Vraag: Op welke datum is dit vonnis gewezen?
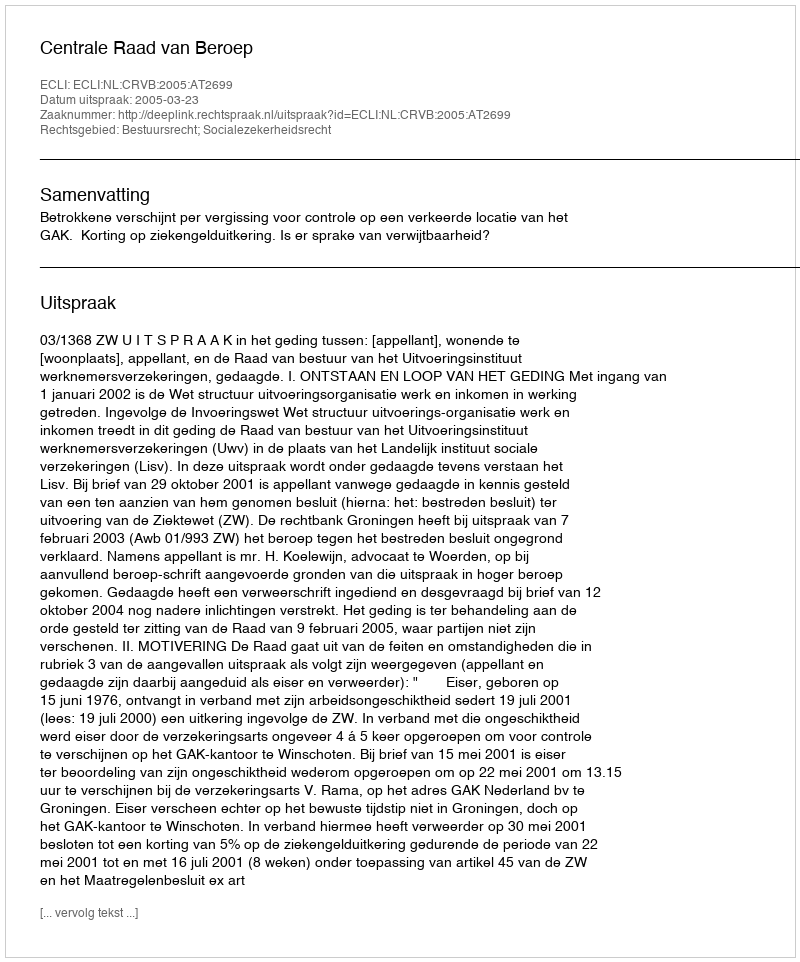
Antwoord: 2005-03-23